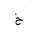
Letter: _kha